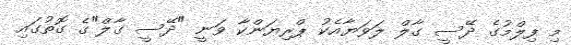
މި ފިލްމުގެ ދޭސީ ގާލް ލަވަޔާއެކު ޕްރިޔަންކާ ވަނީ "ދޭސީ ގާލް"ގެ ގޮތުގައި